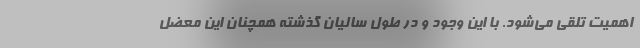
اهمیت تلقی می‌شود. با این وجود و در طول سالیان گذشته همچنان این معضل